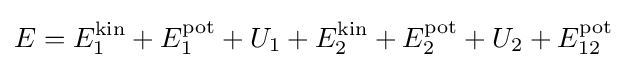
E=E_{1}^{\mathrm {kin} }+E_{1}^{\mathrm {pot} }+U_{1}+E_{2}^{\mathrm {kin} }+E_{2}^{\mathrm {pot} }+U_{2}+E_{12}^{\mathrm {pot} }